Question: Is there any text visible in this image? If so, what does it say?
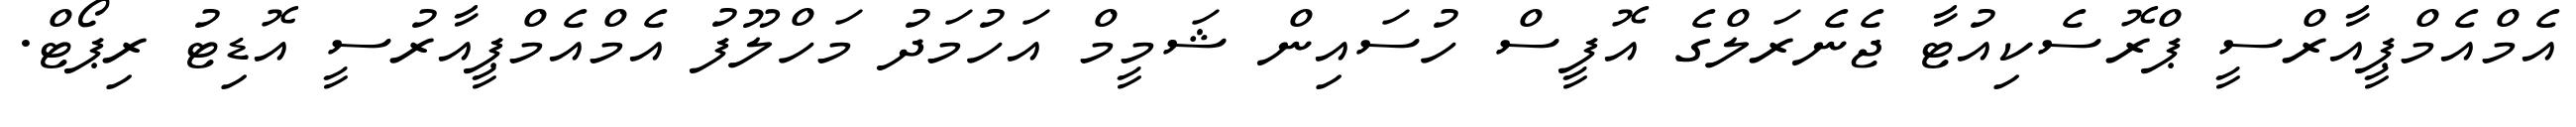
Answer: އެމްއެމްޕީއާރްސީ ޕްރޮސެކިއުޓާ ޖެނެރަލްގެ އޮފީސް ހުސައިން ޝަމީމް އަހުމަދު މަހްލޫފު އެމްއެމްޕީއާރުސީ އޮޑިޓު ރިޕޯޓް.